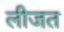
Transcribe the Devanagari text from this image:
लीजत